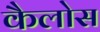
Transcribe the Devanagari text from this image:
कैलोस